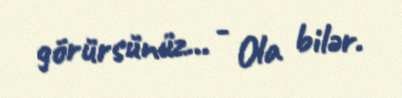
görürsünüz... - Ola bilər.